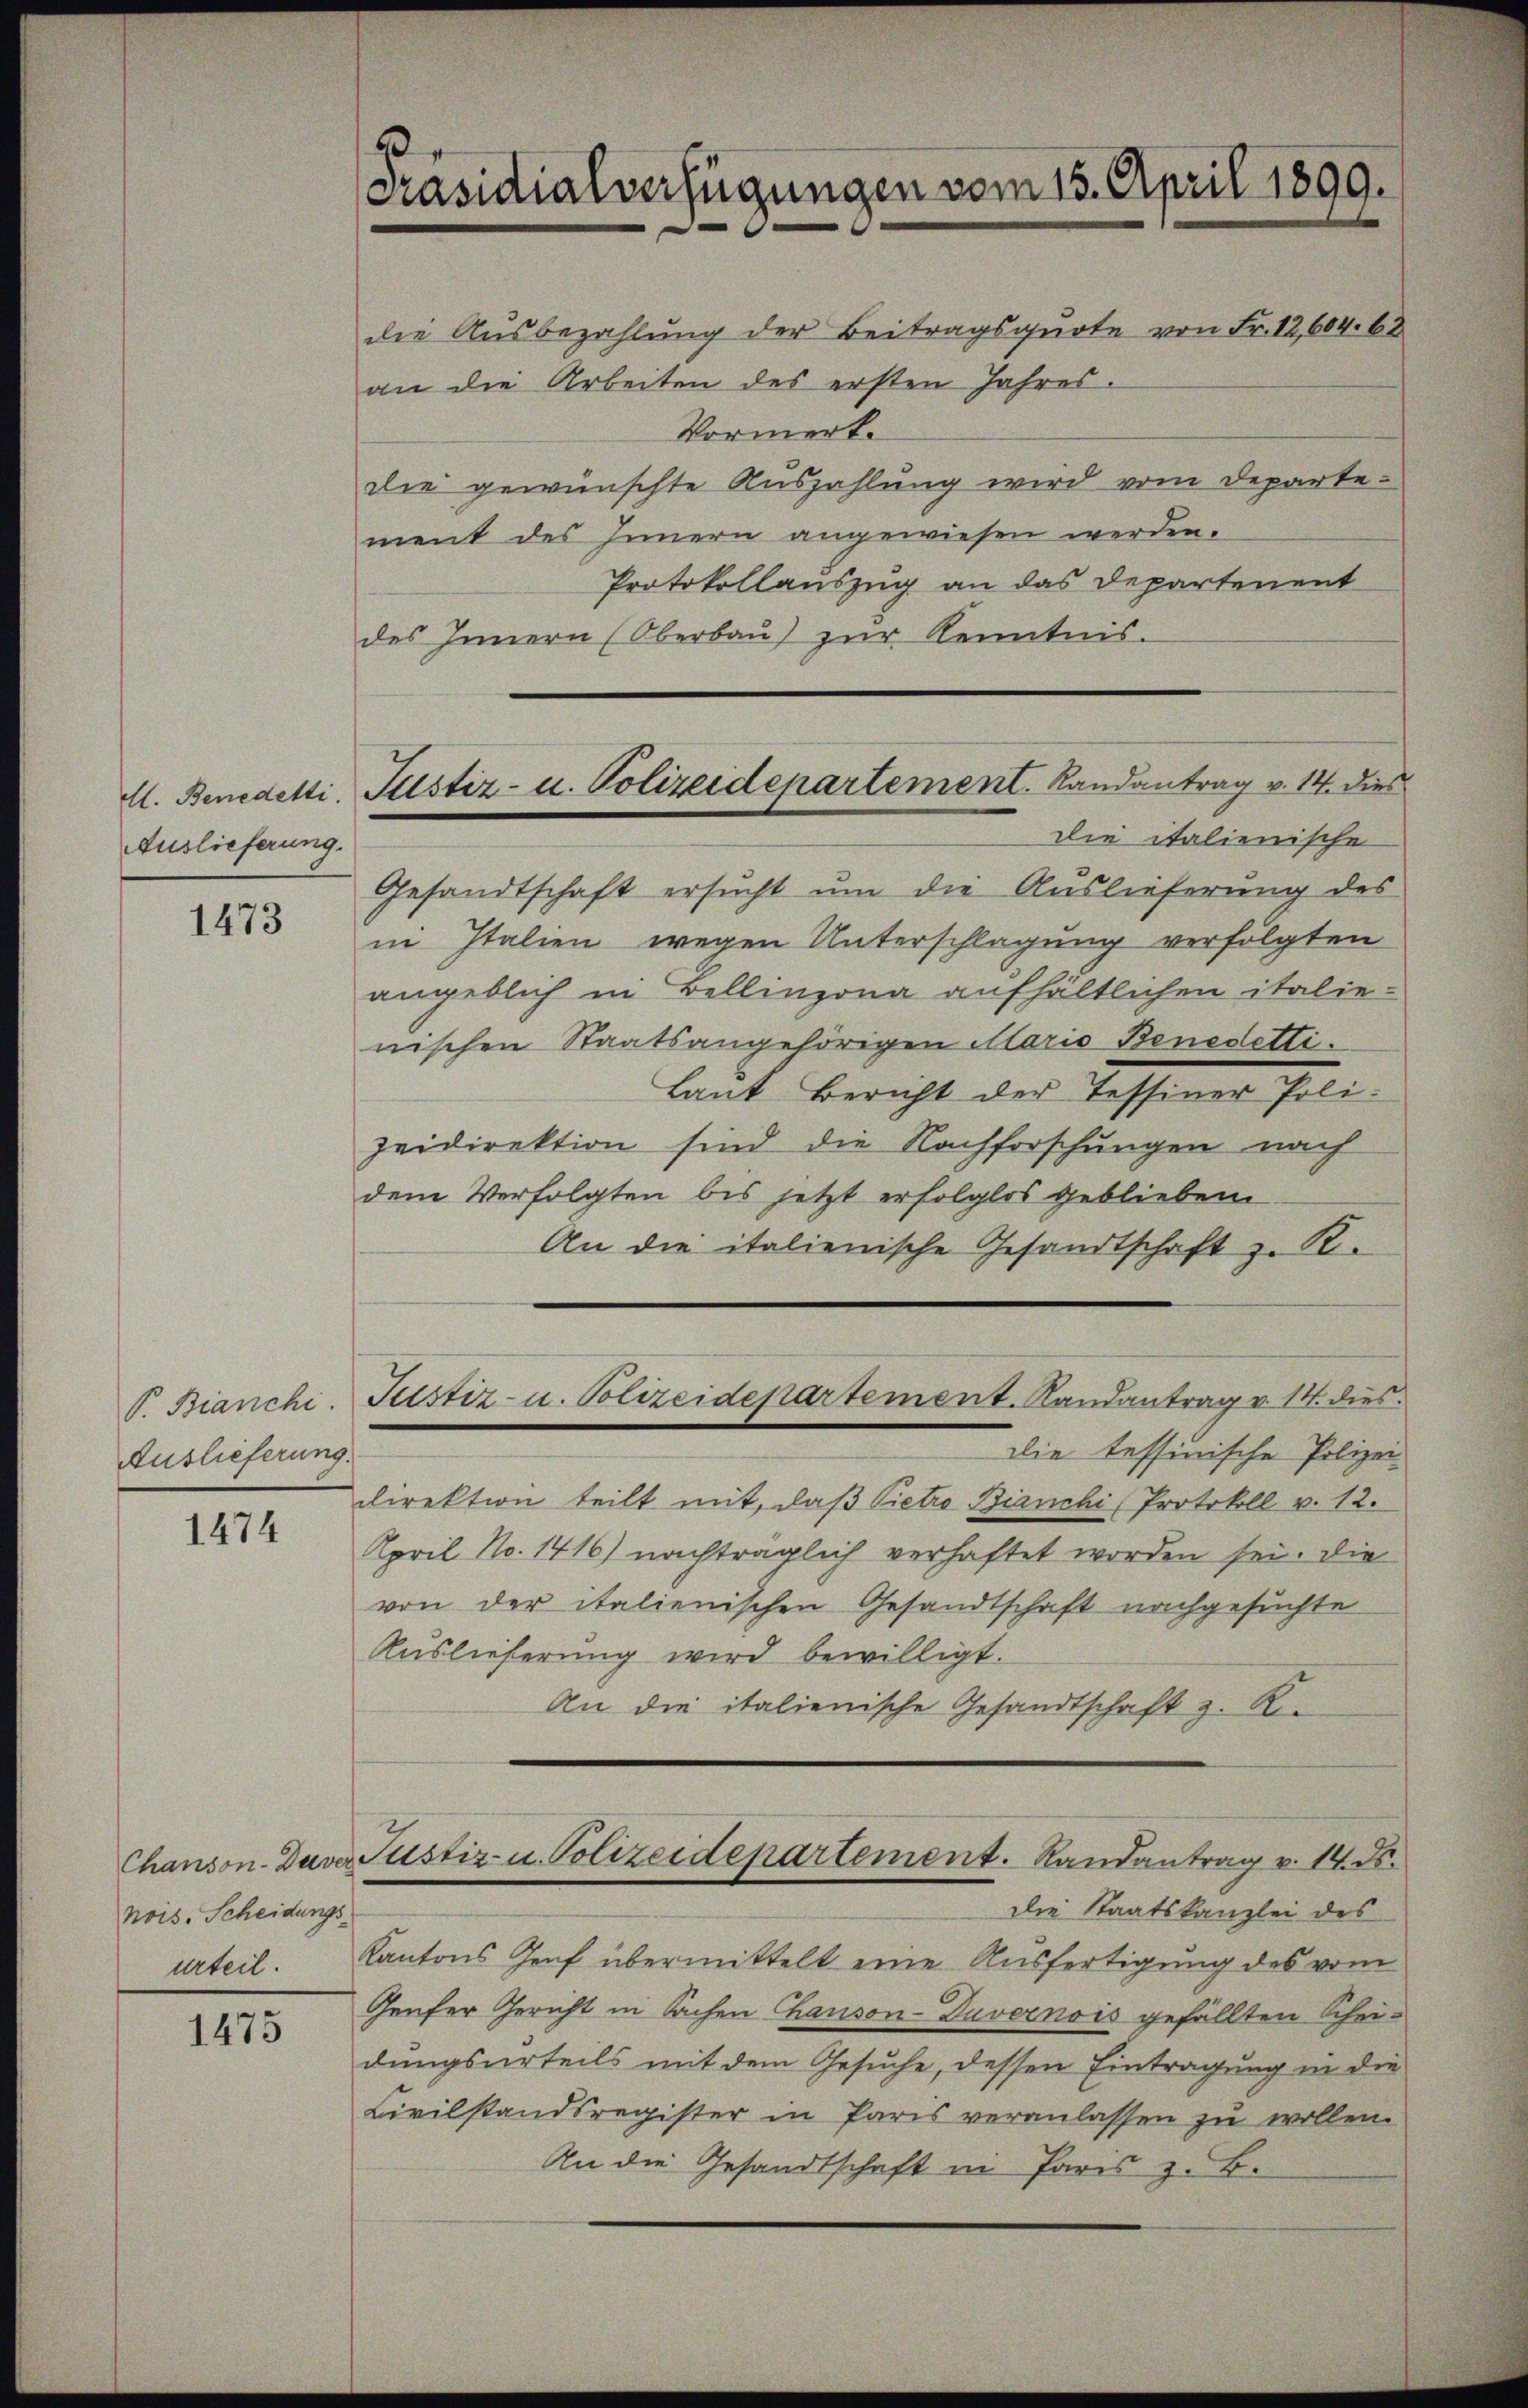
M. Benedelti.
Auslieferung.

1473

Auslieferung.

1474

nois. Scheidungs-

1475

Präsidialverfügungen vom 15. April 1899.
die Ausbezahlung der Beitragsquote von Fr. 12,604. 62
an die Arbeiten des ersten Jahres.
Vormerk.

Justiz- u. Polizeidepartement. Randantrag v. 14. dies

die gewünschte Auszahlung wird vom Departement des Innern angewiesen werden.
Protokollauszug an das Departenent
des Innern (Oberbaŭ zŭr Kenntnis.
Die italienische
Gesandtschaft ersucht um die Auslieferung des
in Italien wegen Unterschlagung verfolgten
angeblich in Bellinzona aufhältlichen italie-
nischen Staatsangehörigen Mario Benedettilaut Bericht der Bessenes soli-
zeidirektion sind die Nachforschungen nach
dem Verfolgten bis jetzt erfolglos geblieben
An die italienische Gesandtschaft z. R.
P. Bianchi. Sistiz- u. Polizeidepartement. Randantrag u. 14. dies
die tessinische Polizei-
direktion teilt mit, daß Pietro Bianchi (Protokoll v. 12.
April No. 1416) nachträglich verhaftet worden sei. Die
von der italienischen Gesandtschaft nachgesuchte
Auslieferung wird bewilligt.
An die italienische Gesandtschaft z. R.

Die Staatskanzlei des
urteil. Kantons Genf übermittelt eine Ausfertigung des vom
Genfer Gericht in Sachen Chanson-Duvernois gefällten Schei-
dungsurteils mit dem Gesuche, dessen Eintragung in die
Civilstandsregister in Paris veranlassen zu wollen.
An die Gesandtschaft in Paris z. B.

Chanson. Daver Justiz- u. Polizeidepartement. Randantrag v. 14. ds.